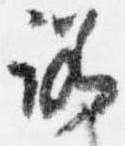
諾